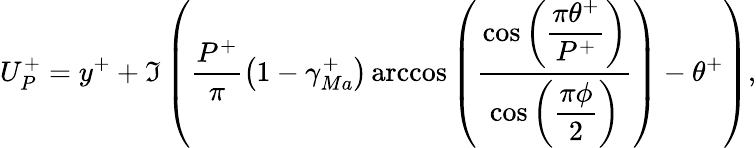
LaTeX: U_{P}^{+}=y^{+}+\Im\left(\frac{P^{+}}{\pi}\left(1-\gamma_{Ma}^{+}\right)\operatorname{arccos}\left(\frac{\cos\left(\displaystyle\frac{\pi\theta^{+}}{P^{+}}\right)}{\cos\left(\displaystyle\frac{\pi\phi}{2}\right)}\right)-\theta^{+}\right),